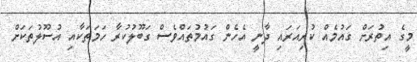
މީގެ އިތުރަށް ގައުމެއް ކުރިއަރައި ދާނީ އެހެން ގައުމުތައްވެސް ގަބޫލުކުރާ ހަމަތަކާއި އުސޫލުތަކަށް